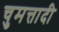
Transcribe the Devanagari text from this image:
चुमत्तादी